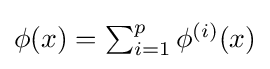
{\textstyle \phi (x)=\sum _{i=1}^{p}\phi ^{(i)}(x)}